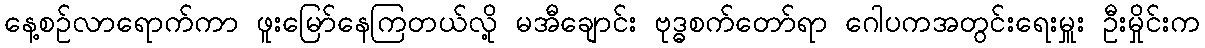
နေ့စဉ်လာရောက်ကာ ဖူးမြော်နေကြတယ်လို့ မအီချောင်း ဗုဒ္ဓစက်တော်ရာ ဂေါပကအတွင်းရေးမှူး ဦးမှိုင်းက